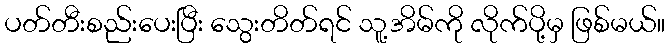
ပတ်တီးစည်းပေးပြီး သွေးတိတ်ရင် သူ့အိမ်ကို လိုက်ပို့မှ ဖြစ်မယ်။